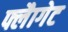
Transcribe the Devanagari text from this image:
फ्लैागेट